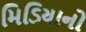
મિડિયાનો